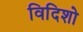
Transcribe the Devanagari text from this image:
विदिशो